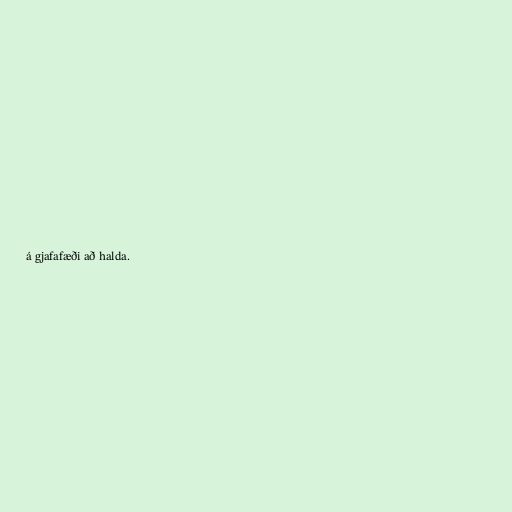
á gjafafæði að halda.